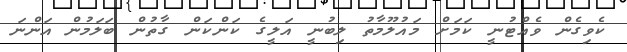
ކެވިގެން ވެއްޓުނީ ކަމަށް މައުލޫމާތު ލިބުނީ އަލީގެ ކަންކަން ގާތުން ބަލަމުން އަންނަ